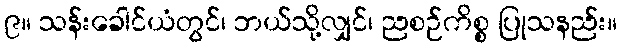
၉။ သန်းခေါင်ယံတွင်၊ ဘယ်သို့လျှင်၊ ညစဉ်ကိစ္စ ပြုသနည်း။